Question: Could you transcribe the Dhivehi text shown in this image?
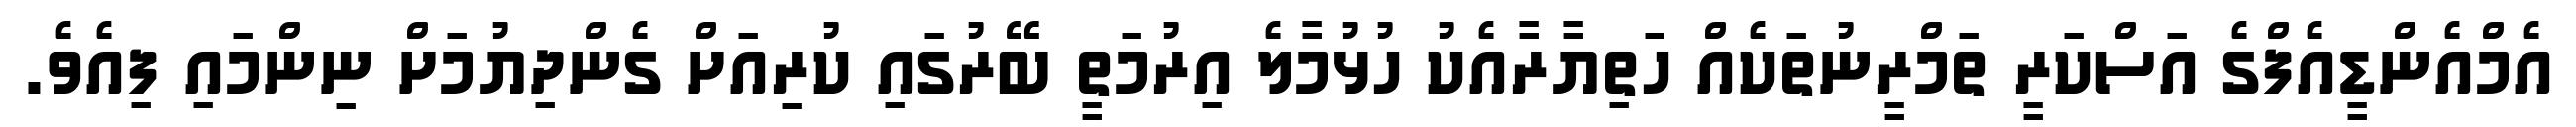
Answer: އެމްއެންޑީއެފްގެ އަސްކަރީ ތަމްރީނުތަކެއް ހަތިޔާރާއެކު ހުޅުމާލެ އިރުމަތީ ބޭރުގައި ކުރިއަށް ގެންދިޔުމަށް ނިންމައި ފިއެވެ.